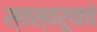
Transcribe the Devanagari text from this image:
स्वस्वरूपाचे